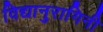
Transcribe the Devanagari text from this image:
विद्यानुरागिनी